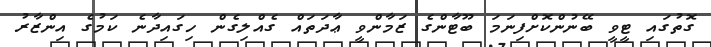
ގޮތުގައި ޓީވީ ބޭނުންކޮށްފިނަމަ ބޫޓާންގެ ޒަމާންވީ ޢާދަތައް ގެއްލިގެން ހިގައިދާނެ ކަމުގެ އިންޒާރު